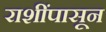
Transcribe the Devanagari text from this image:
राशींपासून